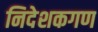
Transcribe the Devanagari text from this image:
निदेशकगण